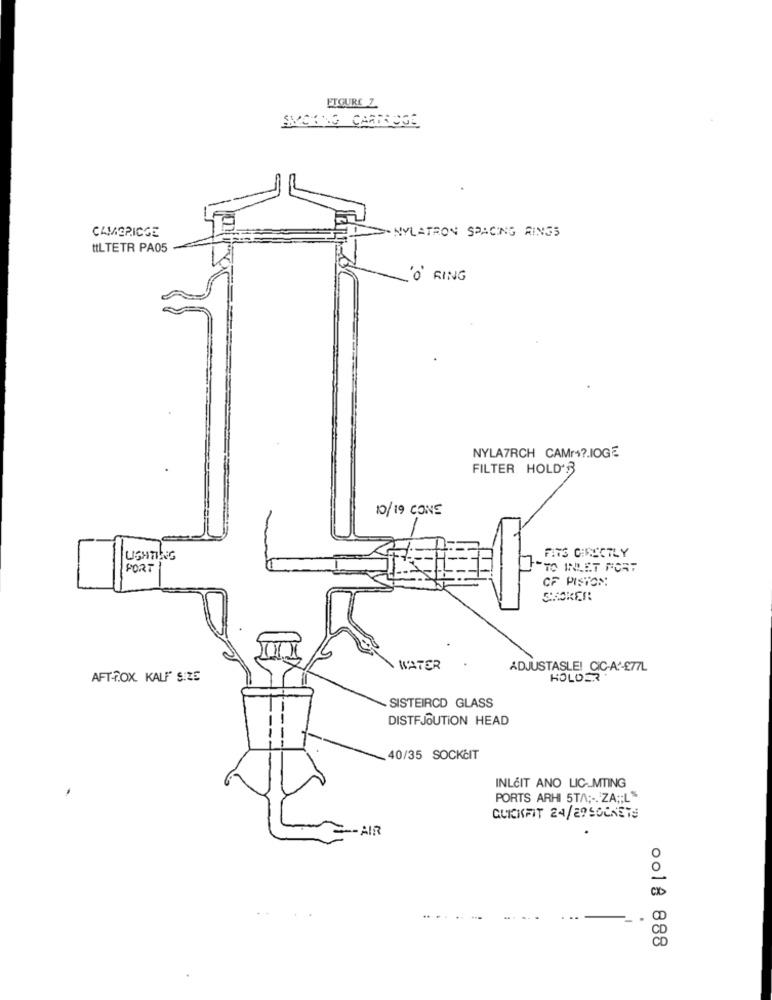
ETGURE Z.
SMOKING CARTAUGE
CAMBRIDGE
NYLATRON SPACING RINGS
ttLTETR PA05
'O RING
NYLA7RCH CAMr+ ?. IOGE
FILTER HOLD'S
10/19 CONE
FITS CIRECTLY
UGHTING
PORT
FOTO INLET PORT
CF PISTON
SHOKER
WATER
ADJUSTASLE! CIC-AP-£77L
AFT-FOX KALF" SIZE
HOLDER.
SISTEIRCD GLASS
DISTFJOUTION HEAD
40/35 SOCKČIT
INLEIT ANO LIC_MTING
PORTS ARHI 5TA ;-. ZA ;; L"
QUICKFIT 24/29SOCKETS
- AIR
. .
oo18 888